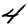
Digit: 4